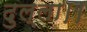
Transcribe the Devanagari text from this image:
दुल्ला।।